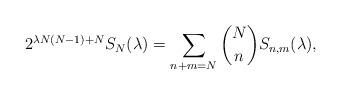
LaTeX: \begin{align*}2^{\lambda N(N-1)+N} S_N(\lambda) = \sum\limits_{n+m=N} \binom{N}{n} S_{n, m}(\lambda),\end{align*}